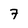
Character: 7